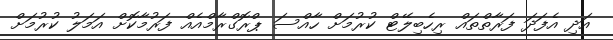
އަދި އެފަދަ ފަރާތްތައް ރިހެބިލޭޓް ކުރުމަށް ހާއްސަ ޕްރޮގްރާމްއެއް ފަރުމާކޮށް އަމަލު ކުރުމަށް